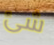
شئ